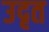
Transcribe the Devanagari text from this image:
उदृत